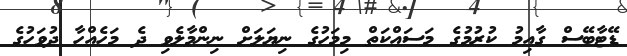
ޑޭޓާބޭސް ގާއިމު ކުރުމުގެ މަސައްކަތް މިމަހުގެ ނިޔަލަށް ނިންމާލެވި ދެ މަހެއްހާ ދުވަހުގެ